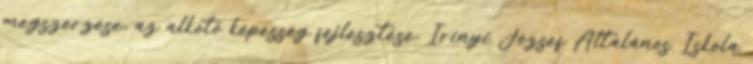
megszerzése, az alkotó képesség fejlesztése. Irinyi József Általános Iskola